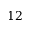
1 2